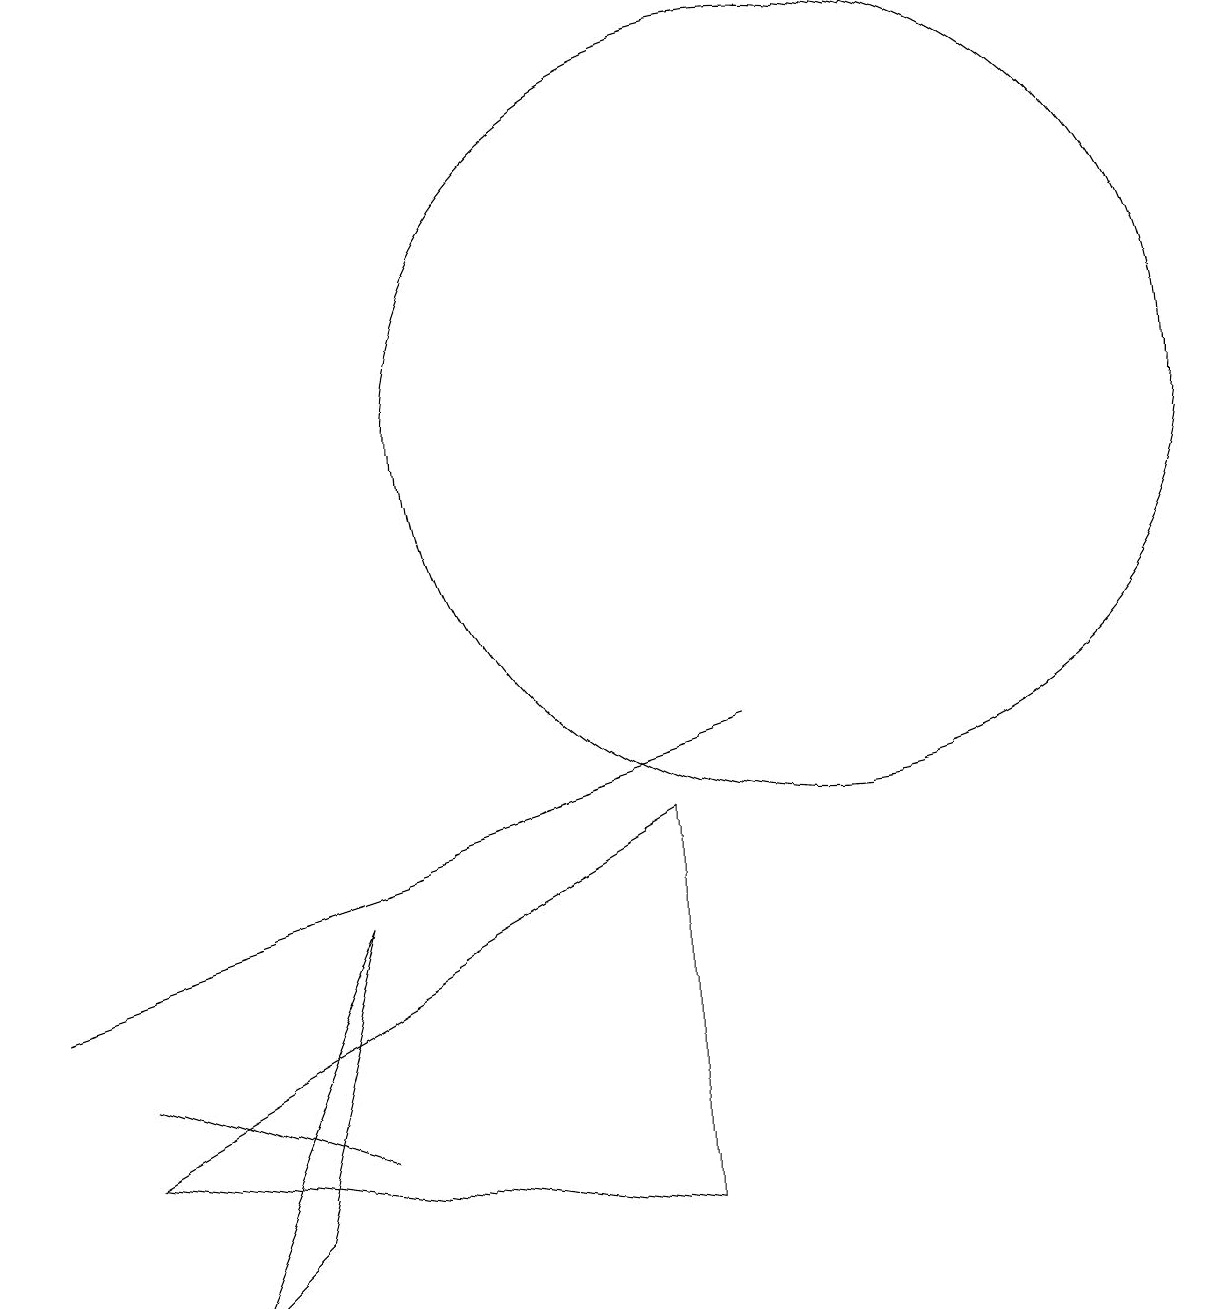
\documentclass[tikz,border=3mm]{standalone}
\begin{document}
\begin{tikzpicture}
\draw (3,5) -- (9,7) -- (0,4) -- cycle;
\draw (4,2) -- (1,3) -- (4,2) -- cycle;
\draw (3,1) -- (4,5) -- (2,0) -- cycle;
\draw (10,11) circle (5);
\draw (8,6) -- (1,2) -- (8,1) -- cycle;
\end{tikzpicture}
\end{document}